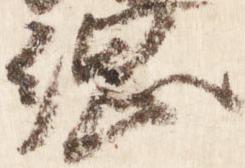
綱